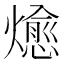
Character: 𭶖